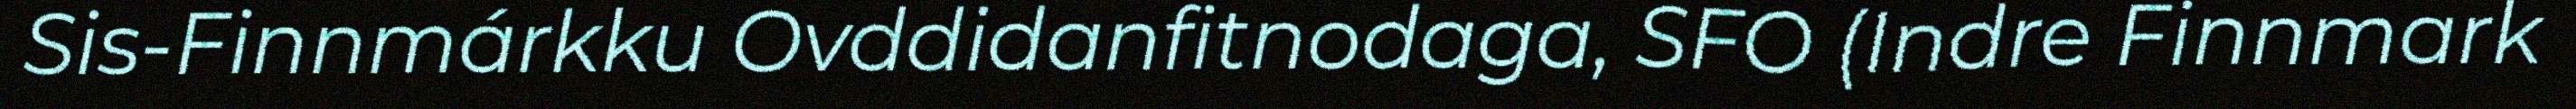
Sis-Finnmárkku Ovddidanfitnodaga, SFO (Indre Finnmark